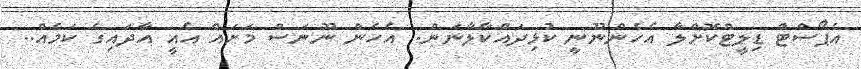
އެޕޯސްޓް ޑިލީޓްކޮށްލާ އެހެންނޫނީ ކުޅިދައްކާލާނަން.. އެހެން ނޫނަސް މަށައް އެއީ އާދައިގެ ކަމެއް..